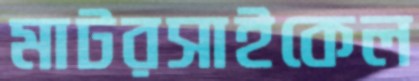
মাটরসাইকেল